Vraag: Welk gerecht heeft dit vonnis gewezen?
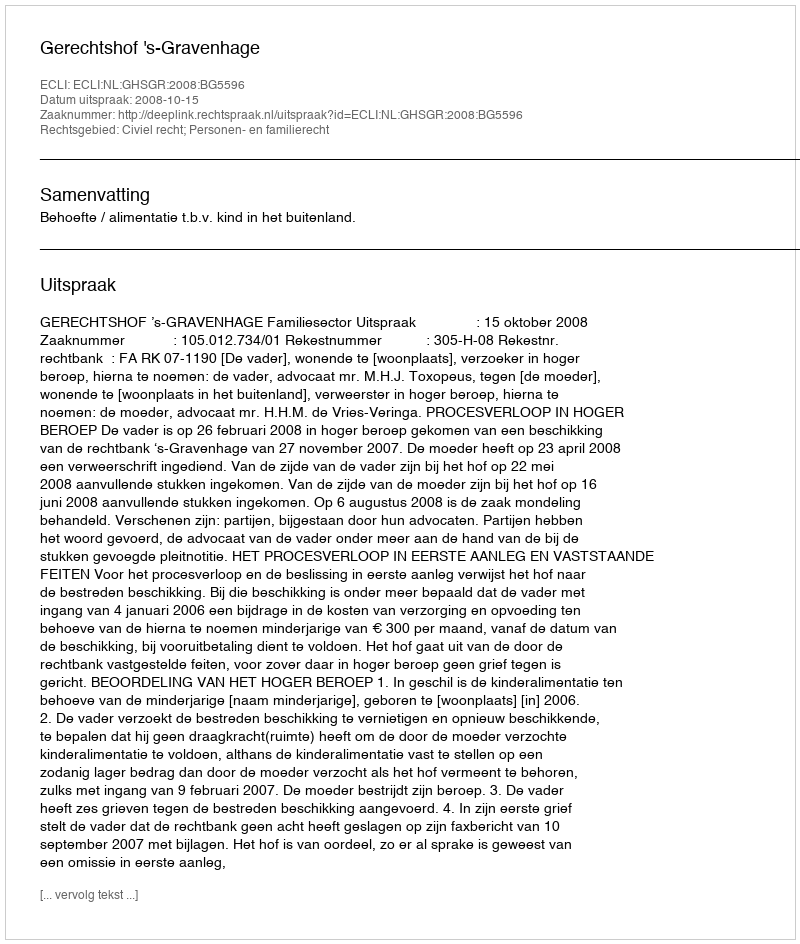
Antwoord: Gerechtshof 's-Gravenhage